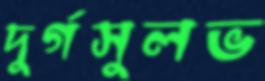
দুর্গসুলভ